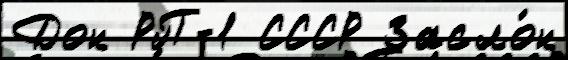
Дон РП-1 СССР Засло́н